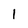
Character: 1